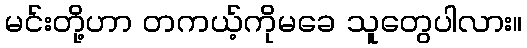
မင်းတို့ဟာ တကယ့်ကိုမခေ သူတွေပါလား။